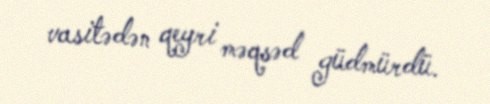
vasitədən qeyri məqsəd güdmürdü.